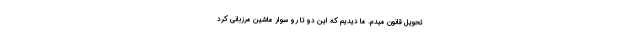
تحويل قانون ميدم. ما ديديم كه اين دو تا رو سوار ماشين مرزباني كرد